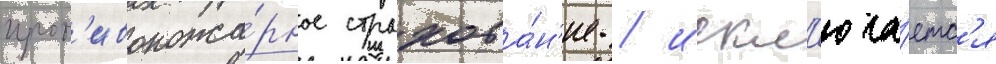
прот'ивопожа́рное страхова́н'ие / искл'юча́етс'я